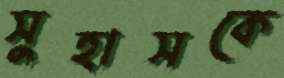
সুহাসকে